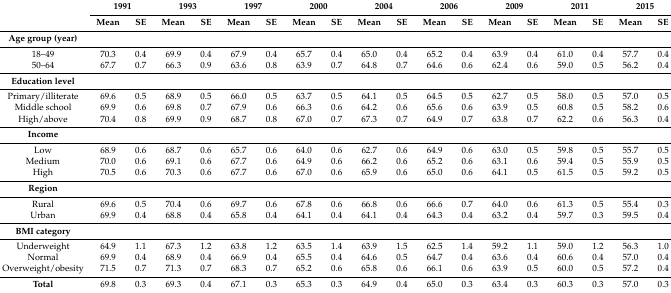
<table><thead><tr><td rowspan="2"></td><td colspan="2"><b>1991</b></td><td colspan="2"><b>1993</b></td><td colspan="2"><b>1997</b></td><td colspan="2"><b>2000</b></td><td colspan="2"><b>2004</b></td><td colspan="2"><b>2006</b></td><td colspan="2"><b>2009</b></td><td colspan="2"><b>2011</b></td><td colspan="2"><b>2015</b></td></tr><tr><td><b>Mean</b></td><td><b>SE</b></td><td><b>Mean</b></td><td><b>SE</b></td><td><b>Mean</b></td><td><b>SE</b></td><td><b>Mean</b></td><td><b>SE</b></td><td><b>Mean</b></td><td><b>SE</b></td><td><b>Mean</b></td><td><b>SE</b></td><td><b>Mean</b></td><td><b>SE</b></td><td><b>Mean</b></td><td><b>SE</b></td><td><b>Mean</b></td><td><b>SE</b></td></tr></thead><tbody><tr><td><b>Age group (year)</b></td><td></td><td></td><td></td><td></td><td></td><td></td><td></td><td></td><td></td><td></td><td></td><td></td><td></td><td></td><td></td><td></td><td></td><td></td></tr><tr><td>18–49</td><td>70.3</td><td>0.4</td><td>69.9</td><td>0.4</td><td>67.9</td><td>0.4</td><td>65.7</td><td>0.4</td><td>65.0</td><td>0.4</td><td>65.2</td><td>0.4</td><td>63.9</td><td>0.4</td><td>61.0</td><td>0.4</td><td>57.7</td><td>0.4</td></tr><tr><td>50–64</td><td>67.7</td><td>0.7</td><td>66.3</td><td>0.9</td><td>63.6</td><td>0.8</td><td>63.9</td><td>0.7</td><td>64.8</td><td>0.7</td><td>64.6</td><td>0.6</td><td>62.4</td><td>0.6</td><td>59.0</td><td>0.5</td><td>56.2</td><td>0.4</td></tr><tr><td><b>Education level</b></td><td></td><td></td><td></td><td></td><td></td><td></td><td></td><td></td><td></td><td></td><td></td><td></td><td></td><td></td><td></td><td></td><td></td><td></td></tr><tr><td>Primary/illiterate</td><td>69.6</td><td>0.5</td><td>68.9</td><td>0.5</td><td>66.0</td><td>0.5</td><td>63.7</td><td>0.5</td><td>64.1</td><td>0.5</td><td>64.5</td><td>0.5</td><td>62.7</td><td>0.5</td><td>58.0</td><td>0.5</td><td>57.0</td><td>0.5</td></tr><tr><td>Middle school</td><td>69.9</td><td>0.6</td><td>69.8</td><td>0.7</td><td>67.9</td><td>0.6</td><td>66.3</td><td>0.6</td><td>64.2</td><td>0.6</td><td>65.6</td><td>0.6</td><td>63.9</td><td>0.5</td><td>60.8</td><td>0.5</td><td>58.2</td><td>0.6</td></tr><tr><td>High/above</td><td>70.4</td><td>0.8</td><td>69.9</td><td>0.9</td><td>68.7</td><td>0.8</td><td>67.0</td><td>0.7</td><td>67.3</td><td>0.7</td><td>64.9</td><td>0.7</td><td>63.8</td><td>0.7</td><td>62.2</td><td>0.6</td><td>56.3</td><td>0.4</td></tr><tr><td><b>Income</b></td><td></td><td></td><td></td><td></td><td></td><td></td><td></td><td></td><td></td><td></td><td></td><td></td><td></td><td></td><td></td><td></td><td></td><td></td></tr><tr><td>Low</td><td>68.9</td><td>0.6</td><td>68.7</td><td>0.6</td><td>65.7</td><td>0.6</td><td>64.0</td><td>0.6</td><td>62.7</td><td>0.6</td><td>64.9</td><td>0.6</td><td>63.0</td><td>0.5</td><td>59.8</td><td>0.5</td><td>55.7</td><td>0.5</td></tr><tr><td>Medium</td><td>70.0</td><td>0.6</td><td>69.1</td><td>0.6</td><td>67.7</td><td>0.6</td><td>64.9</td><td>0.6</td><td>66.2</td><td>0.6</td><td>65.2</td><td>0.6</td><td>63.1</td><td>0.6</td><td>59.4</td><td>0.5</td><td>55.9</td><td>0.5</td></tr><tr><td>High</td><td>70.5</td><td>0.6</td><td>70.3</td><td>0.6</td><td>67.7</td><td>0.6</td><td>67.0</td><td>0.6</td><td>65.9</td><td>0.6</td><td>65.0</td><td>0.6</td><td>64.1</td><td>0.5</td><td>61.5</td><td>0.5</td><td>59.2</td><td>0.5</td></tr><tr><td><b>Region</b></td><td></td><td></td><td></td><td></td><td></td><td></td><td></td><td></td><td></td><td></td><td></td><td></td><td></td><td></td><td></td><td></td><td></td><td></td></tr><tr><td>Rural</td><td>69.6</td><td>0.5</td><td>70.4</td><td>0.6</td><td>69.7</td><td>0.6</td><td>67.8</td><td>0.6</td><td>66.8</td><td>0.6</td><td>66.6</td><td>0.7</td><td>64.0</td><td>0.6</td><td>61.3</td><td>0.5</td><td>55.4</td><td>0.3</td></tr><tr><td>Urban</td><td>69.9</td><td>0.4</td><td>68.8</td><td>0.4</td><td>65.8</td><td>0.4</td><td>64.1</td><td>0.4</td><td>64.1</td><td>0.4</td><td>64.3</td><td>0.4</td><td>63.2</td><td>0.4</td><td>59.7</td><td>0.3</td><td>59.5</td><td>0.4</td></tr><tr><td><b>BMI category</b></td><td></td><td></td><td></td><td></td><td></td><td></td><td></td><td></td><td></td><td></td><td></td><td></td><td></td><td></td><td></td><td></td><td></td><td></td></tr><tr><td>Underweight</td><td>64.9</td><td>1.1</td><td>67.3</td><td>1.2</td><td>63.8</td><td>1.2</td><td>63.5</td><td>1.4</td><td>63.9</td><td>1.5</td><td>62.5</td><td>1.4</td><td>59.2</td><td>1.1</td><td>59.0</td><td>1.2</td><td>56.3</td><td>1.0</td></tr><tr><td>Normal</td><td>69.9</td><td>0.4</td><td>68.9</td><td>0.4</td><td>66.9</td><td>0.4</td><td>65.5</td><td>0.4</td><td>64.6</td><td>0.5</td><td>64.7</td><td>0.4</td><td>63.6</td><td>0.4</td><td>60.6</td><td>0.4</td><td>57.0</td><td>0.4</td></tr><tr><td>Overweight/obesity</td><td>71.5</td><td>0.7</td><td>71.3</td><td>0.7</td><td>68.3</td><td>0.7</td><td>65.2</td><td>0.6</td><td>65.8</td><td>0.6</td><td>66.1</td><td>0.6</td><td>63.9</td><td>0.5</td><td>60.0</td><td>0.5</td><td>57.2</td><td>0.4</td></tr><tr><td><b>Total</b></td><td>69.8</td><td>0.3</td><td>69.3</td><td>0.4</td><td>67.1</td><td>0.3</td><td>65.3</td><td>0.3</td><td>64.9</td><td>0.4</td><td>65.0</td><td>0.3</td><td>63.4</td><td>0.3</td><td>60.3</td><td>0.3</td><td>57.0</td><td>0.3</td></tr></tbody></table>